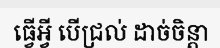
ធ្វើអ្វី បើជ្រល់ ដាច់ចិន្តា